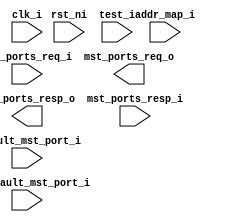
module axi_xbar (
	clk_i,
	rst_ni,
	test_i,
	slv_ports_req_i,
	slv_ports_resp_o,
	mst_ports_req_o,
	mst_ports_resp_i,
	addr_map_i,
	en_default_mst_port_i,
	default_mst_port_i
);
	localparam [9:0] axi_pkg_DemuxAr = 64;
	localparam [9:0] axi_pkg_DemuxAw = 512;
	localparam [9:0] axi_pkg_DemuxB = 128;
	localparam [9:0] axi_pkg_DemuxR = 32;
	localparam [9:0] axi_pkg_DemuxW = 256;
	localparam [9:0] axi_pkg_MuxAr = 2;
	localparam [9:0] axi_pkg_MuxAw = 16;
	localparam [9:0] axi_pkg_MuxB = 4;
	localparam [9:0] axi_pkg_MuxR = 1;
	localparam [9:0] axi_pkg_MuxW = 8;
	parameter [331:0] Cfg = 1'sb0;
	parameter [0:0] ATOPs = 1'b1;
	parameter [(Cfg[331-:32] * Cfg[299-:32]) - 1:0] Connectivity = 1'sb1;
	input wire clk_i;
	input wire rst_ni;
	input wire test_i;
	input wire [Cfg[331-:32] - 1:0] slv_ports_req_i;
	output wire [Cfg[331-:32] - 1:0] slv_ports_resp_o;
	output wire [Cfg[299-:32] - 1:0] mst_ports_req_o;
	input wire [Cfg[299-:32] - 1:0] mst_ports_resp_i;
	input wire [(Cfg[31-:32] * 160) - 1:0] addr_map_i;
	input wire [Cfg[331-:32] - 1:0] en_default_mst_port_i;
	function automatic [31:0] cf_math_pkg_idx_width;
		input reg [31:0] num_idx;
		cf_math_pkg_idx_width = (num_idx > 32'd1 ? $unsigned($clog2(num_idx)) : 32'd1);
	endfunction
	input wire [(Cfg[331-:32] * cf_math_pkg_idx_width(Cfg[299-:32])) - 1:0] default_mst_port_i;
	wire [(Cfg[299-:32] >= 0 ? (Cfg[331-:32] * (Cfg[299-:32] + 1)) - 1 : (Cfg[331-:32] * (1 - Cfg[299-:32])) + (Cfg[299-:32] - 1)):(Cfg[299-:32] >= 0 ? 0 : Cfg[299-:32] + 0)] slv_reqs;
	wire [(Cfg[299-:32] >= 0 ? (Cfg[331-:32] * (Cfg[299-:32] + 1)) - 1 : (Cfg[331-:32] * (1 - Cfg[299-:32])) + (Cfg[299-:32] - 1)):(Cfg[299-:32] >= 0 ? 0 : Cfg[299-:32] + 0)] slv_resps;
	localparam [31:0] cfg_NoMstPorts = Cfg[299-:32];
	wire [(Cfg[299-:32] * Cfg[331-:32]) - 1:0] mst_reqs;
	wire [(Cfg[299-:32] * Cfg[331-:32]) - 1:0] mst_resps;
	genvar i;
	localparam axi_pkg_RESP_DECERR = 2'b11;
	function automatic [cf_math_pkg_idx_width(Cfg[299-:32] + 1) - 1:0] sv2v_cast_423F7;
		input reg [cf_math_pkg_idx_width(Cfg[299-:32] + 1) - 1:0] inp;
		sv2v_cast_423F7 = inp;
	endfunction
	generate
		for (i = 0; i < Cfg[331-:32]; i = i + 1) begin : gen_slv_port_demux
			wire [cf_math_pkg_idx_width(Cfg[299-:32]) - 1:0] dec_aw;
			wire [cf_math_pkg_idx_width(Cfg[299-:32]) - 1:0] dec_ar;
			wire [cf_math_pkg_idx_width(Cfg[299-:32] + 1) - 1:0] slv_aw_select;
			wire [cf_math_pkg_idx_width(Cfg[299-:32] + 1) - 1:0] slv_ar_select;
			wire dec_aw_valid;
			wire dec_aw_error;
			wire dec_ar_valid;
			wire dec_ar_error;
			addr_decode_160C3_6EDEE #(
				.addr_t_Cfg(Cfg),
				.NoIndices(Cfg[299-:32]),
				.NoRules(Cfg[31-:32])
			) i_axi_aw_decode(
				.addr_i(slv_ports_req_i[i].aw.addr),
				.addr_map_i(addr_map_i),
				.idx_o(dec_aw),
				.dec_valid_o(dec_aw_valid),
				.dec_error_o(dec_aw_error),
				.en_default_idx_i(en_default_mst_port_i[i]),
				.default_idx_i(default_mst_port_i[i * cf_math_pkg_idx_width(Cfg[299-:32])+:cf_math_pkg_idx_width(Cfg[299-:32])])
			);
			addr_decode_160C3_6EDEE #(
				.addr_t_Cfg(Cfg),
				.NoIndices(Cfg[299-:32]),
				.NoRules(Cfg[31-:32])
			) i_axi_ar_decode(
				.addr_i(slv_ports_req_i[i].ar.addr),
				.addr_map_i(addr_map_i),
				.idx_o(dec_ar),
				.dec_valid_o(dec_ar_valid),
				.dec_error_o(dec_ar_error),
				.en_default_idx_i(en_default_mst_port_i[i]),
				.default_idx_i(default_mst_port_i[i * cf_math_pkg_idx_width(Cfg[299-:32])+:cf_math_pkg_idx_width(Cfg[299-:32])])
			);
			assign slv_aw_select = (dec_aw_error ? sv2v_cast_423F7(Cfg[299-:32]) : sv2v_cast_423F7(dec_aw));
			assign slv_ar_select = (dec_ar_error ? sv2v_cast_423F7(Cfg[299-:32]) : sv2v_cast_423F7(dec_ar));
			axi_demux_B794D #(
				.AxiIdWidth(Cfg[160-:32]),
				.AtopSupport(ATOPs),
				.NoMstPorts(Cfg[299-:32] + 1),
				.MaxTrans(Cfg[267-:32]),
				.AxiLookBits(Cfg[128-:32]),
				.UniqueIds(Cfg[96]),
				.SpillAw(Cfg[202]),
				.SpillW(Cfg[201]),
				.SpillB(Cfg[200]),
				.SpillAr(Cfg[199]),
				.SpillR(Cfg[198])
			) i_axi_demux(
				.clk_i(clk_i),
				.rst_ni(rst_ni),
				.test_i(test_i),
				.slv_req_i(slv_ports_req_i[i]),
				.slv_aw_select_i(slv_aw_select),
				.slv_ar_select_i(slv_ar_select),
				.slv_resp_o(slv_ports_resp_o[i]),
				.mst_reqs_o(slv_reqs[(Cfg[299-:32] >= 0 ? 0 : Cfg[299-:32]) + (i * (Cfg[299-:32] >= 0 ? Cfg[299-:32] + 1 : 1 - Cfg[299-:32]))+:(Cfg[299-:32] >= 0 ? Cfg[299-:32] + 1 : 1 - Cfg[299-:32])]),
				.mst_resps_i(slv_resps[(Cfg[299-:32] >= 0 ? 0 : Cfg[299-:32]) + (i * (Cfg[299-:32] >= 0 ? Cfg[299-:32] + 1 : 1 - Cfg[299-:32]))+:(Cfg[299-:32] >= 0 ? Cfg[299-:32] + 1 : 1 - Cfg[299-:32])])
			);
			axi_err_slv_EBC58 #(
				.AxiIdWidth(Cfg[160-:32]),
				.Resp(axi_pkg_RESP_DECERR),
				.ATOPs(ATOPs),
				.MaxTrans(4)
			) i_axi_err_slv(
				.clk_i(clk_i),
				.rst_ni(rst_ni),
				.test_i(test_i),
				.slv_req_i(slv_reqs[(i * (Cfg[299-:32] >= 0 ? Cfg[299-:32] + 1 : 1 - Cfg[299-:32])) + (Cfg[299-:32] >= 0 ? Cfg[299-:32] : Cfg[299-:32] - Cfg[299-:32])]),
				.slv_resp_o(slv_resps[(i * (Cfg[299-:32] >= 0 ? Cfg[299-:32] + 1 : 1 - Cfg[299-:32])) + (Cfg[299-:32] >= 0 ? cfg_NoMstPorts : Cfg[299-:32] - cfg_NoMstPorts)])
			);
		end
		for (i = 0; i < Cfg[331-:32]; i = i + 1) begin : gen_xbar_slv_cross
			genvar j;
			for (j = 0; j < Cfg[299-:32]; j = j + 1) begin : gen_xbar_mst_cross
				if (Connectivity[(i * Cfg[299-:32]) + j]) begin : gen_connection
					axi_multicut_407D8 #(.NoCuts(Cfg[192-:32])) i_axi_multicut_xbar_pipeline(
						.clk_i(clk_i),
						.rst_ni(rst_ni),
						.slv_req_i(slv_reqs[(i * (Cfg[299-:32] >= 0 ? Cfg[299-:32] + 1 : 1 - Cfg[299-:32])) + (Cfg[299-:32] >= 0 ? j : Cfg[299-:32] - j)]),
						.slv_resp_o(slv_resps[(i * (Cfg[299-:32] >= 0 ? Cfg[299-:32] + 1 : 1 - Cfg[299-:32])) + (Cfg[299-:32] >= 0 ? j : Cfg[299-:32] - j)]),
						.mst_req_o(mst_reqs[(j * Cfg[331-:32]) + i]),
						.mst_resp_i(mst_resps[(j * Cfg[331-:32]) + i])
					);
				end
				else begin : gen_no_connection
					assign mst_reqs[(j * Cfg[331-:32]) + i] = 1'sb0;
					axi_err_slv_EBC58 #(
						.AxiIdWidth(Cfg[160-:32]),
						.Resp(axi_pkg_RESP_DECERR),
						.ATOPs(ATOPs),
						.MaxTrans(1)
					) i_axi_err_slv(
						.clk_i(clk_i),
						.rst_ni(rst_ni),
						.test_i(test_i),
						.slv_req_i(slv_reqs[(i * (Cfg[299-:32] >= 0 ? Cfg[299-:32] + 1 : 1 - Cfg[299-:32])) + (Cfg[299-:32] >= 0 ? j : Cfg[299-:32] - j)]),
						.slv_resp_o(slv_resps[(i * (Cfg[299-:32] >= 0 ? Cfg[299-:32] + 1 : 1 - Cfg[299-:32])) + (Cfg[299-:32] >= 0 ? j : Cfg[299-:32] - j)])
					);
				end
			end
		end
		for (i = 0; i < Cfg[299-:32]; i = i + 1) begin : gen_mst_port_mux
			axi_mux_621CA #(
				.SlvAxiIDWidth(Cfg[160-:32]),
				.NoSlvPorts(Cfg[331-:32]),
				.MaxWTrans(Cfg[235-:32]),
				.FallThrough(Cfg[203]),
				.SpillAw(Cfg[197]),
				.SpillW(Cfg[196]),
				.SpillB(Cfg[195]),
				.SpillAr(Cfg[194]),
				.SpillR(Cfg[193])
			) i_axi_mux(
				.clk_i(clk_i),
				.rst_ni(rst_ni),
				.test_i(test_i),
				.slv_reqs_i(mst_reqs[i * Cfg[331-:32]+:Cfg[331-:32]]),
				.slv_resps_o(mst_resps[i * Cfg[331-:32]+:Cfg[331-:32]]),
				.mst_req_o(mst_ports_req_o[i]),
				.mst_resp_i(mst_ports_resp_i[i])
			);
		end
	endgenerate
endmodule